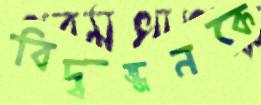
বিদ্বজ্জনকে